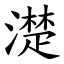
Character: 濋